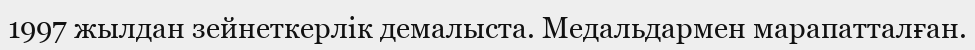
1997 жылдан зейнеткерлік демалыста. Медальдармен марапатталған.